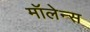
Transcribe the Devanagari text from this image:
मॉलेन्स